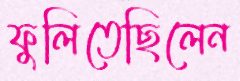
ফুলিতেছিলেন